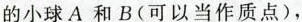
的小球A和B(可以当作质点)，